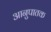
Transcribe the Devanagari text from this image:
आनुपातक